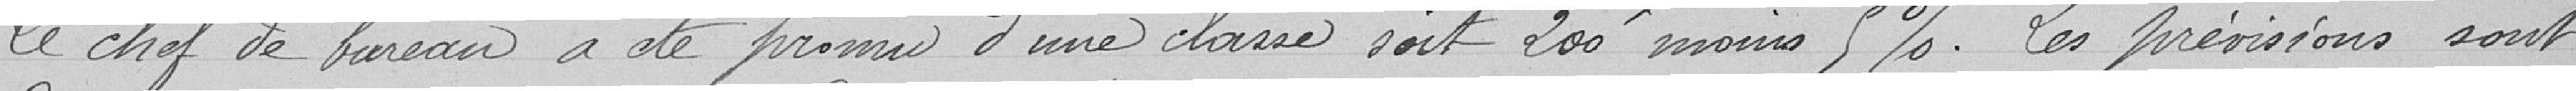
Le chef de bureau a été promu d'une classe soit 200 francs moins 5%. Les prévisions sont